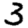
Digit: 3